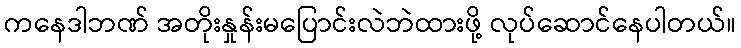
ကနေဒါဘဏ် အတိုးနှုန်းမပြောင်းလဲဘဲထားဖို့ လုပ်ဆောင်နေပါတယ်။